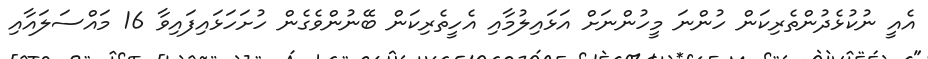
އެއީ ނުކުޅެދުންތެރިކަން ހުންނަ މީހުންނަށް އަޅައިލުމާއި އެހީތެރިކަން ބޭނުންވެގެން ހުށަހަޅައިފައިވާ 16 މައްސަލައާއި